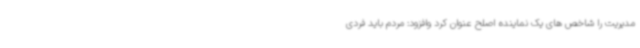
مدیریت را شاخص های یک نماینده اصلح عنوان کرد وافزود: مردم باید فردی